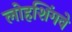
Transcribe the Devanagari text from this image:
लोहशिंगवे